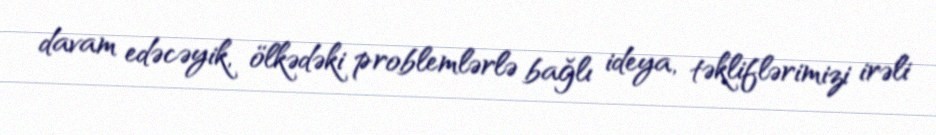
davam edəcəyik, ölkədəki problemlərlə bağlı ideya, təkliflərimizi irəli